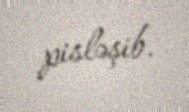
pisləşib.